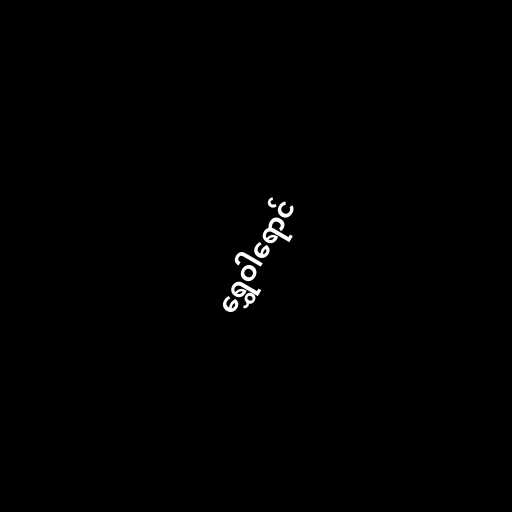
ရွှေဝါရောင်